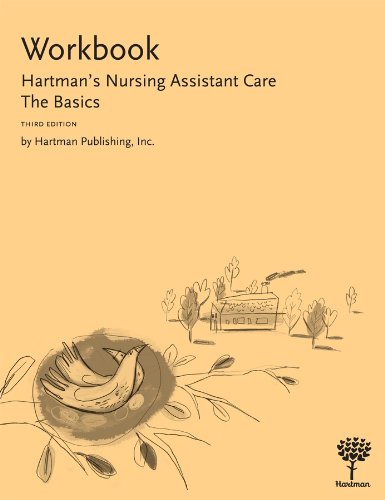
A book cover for Workbook for Hartman's Nursing Assistant Care: The Basics; Hartman Publishing Inc.; Medical Books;